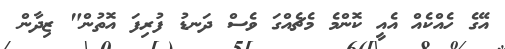
އޭގެ ހެއްކެއް އެއީ ކޮންމެ މެޗެއްގަ ވެސް ދަނޑު ފުރިފަ އޮތުން" ޒިދާން